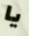
يا